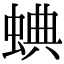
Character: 𧌎